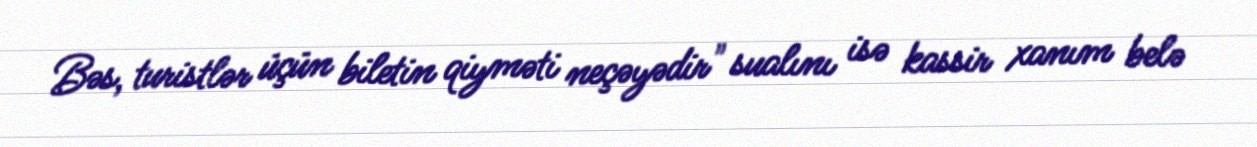
Bəs, turistlər üçün biletin qiyməti neçəyədir" sualını isə kassir xanım belə